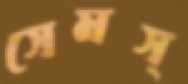
সেমস্